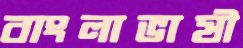
বাংলাভাষী